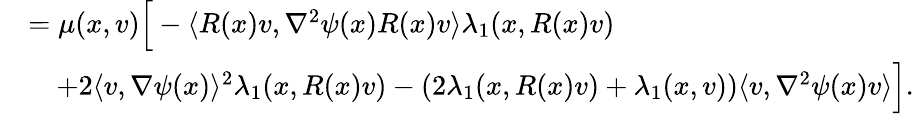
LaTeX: \begin{array}{rl}&{=\mu(x,v)\Big[-\langle R(x)v,\nabla^{2}\psi(x)R(x)v\rangle\lambda_{1}(x,R(x)v)}\\ &{\quad+2\langle v,\nabla\psi(x)\rangle^{2}\lambda_{1}(x,R(x)v)-(2\lambda_{1}(x,R(x)v)+\lambda_{1}(x,v))\langle v,\nabla^{2}\psi(x)v\rangle\Big].}\end{array}